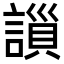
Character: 𧫇